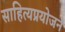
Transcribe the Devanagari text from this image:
साहित्यप्रयोजने